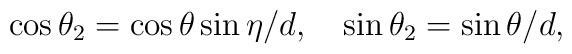
\cos{\theta_2}=\cos{\theta}\sin{\eta}/d,  \quad \sin{\theta_2}=\sin{\theta}/d,